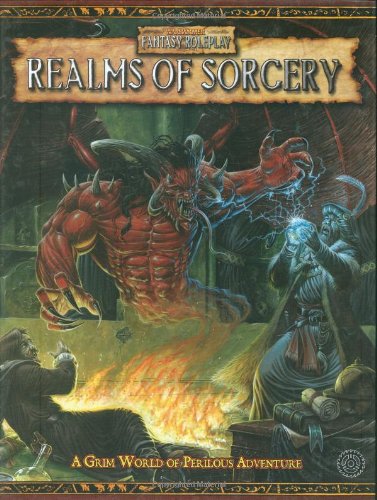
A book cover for Warhammer Fantasy Roleplaying - Realms of Sorcery; Marijan von Staufer; Science Fiction & Fantasy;